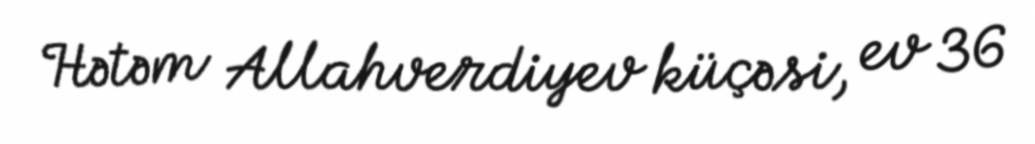
Hətəm Allahverdiyev küçəsi, ev 36